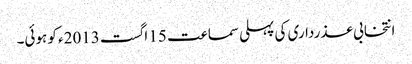
انتخابی عذرداری کی پہلی سماعت 15 اگست 2013ء کو ہوئی۔